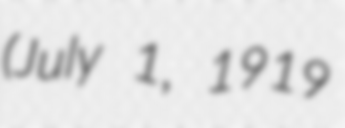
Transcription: (July 1, 1919